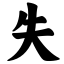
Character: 失